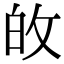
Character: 敀